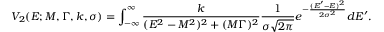
V _ { 2 } ( E ; M , \Gamma , k , \sigma ) = \int _ { - \infty } ^ { \infty } { \frac { k } { ( E ^ { 2 } - M ^ { 2 } ) ^ { 2 } + ( M \Gamma ) ^ { 2 } } } { \frac { 1 } { \sigma { \sqrt { 2 \pi } } } } e ^ { - { \frac { ( E ^ { \prime } - E ) ^ { 2 } } { 2 \sigma ^ { 2 } } } } d E ^ { \prime } .